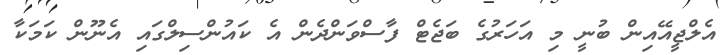
އެލްޖީއޭއިން ބުނީ މި އަހަރުގެ ބަޖެޓް ފާސްވަންދެން އެ ކައުންސިލްގައި އެނޫން ކަމަކާ